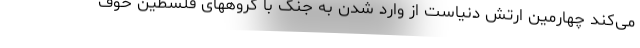
می‌کند چهارمین ارتش دنیاست از وارد شدن به جنگ با گروههای فلسطین خوف